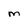
Character: M